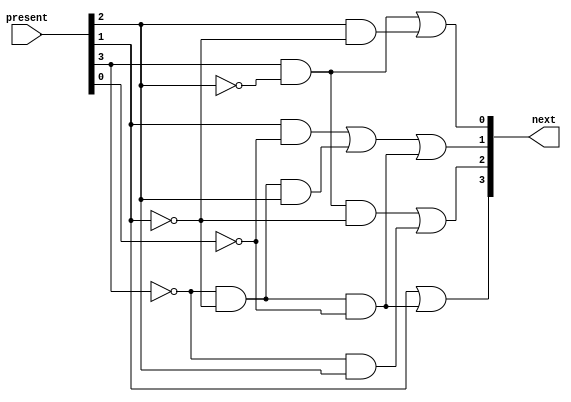
/* code_map
   copyright 2012 (pika1021@gmail.com)
   */
`timescale 1ns / 100ps

module code_map(next, present);
  input [3:0]present;
  output [3:0]next;

  assign next[3] = present[1] |
                  ~present[3] & ~present[1] & ~present[0];
  assign next[2] = present[3] & ~present[2] & ~present[1] |
                  ~present[3] & present[2];
  assign next[1] = present[1] & ~present[0] |
                  ~present[1] & ~present[3] & present[2] |
                  ~present[3] & ~present[1] & ~present[0];
  assign next[0] = present[3] & ~present[2] |
                  present[2] & ~present[1];
endmodule